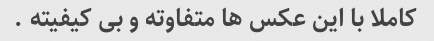
کاملا با این عکس ها متفاوته و بی کیفیته .